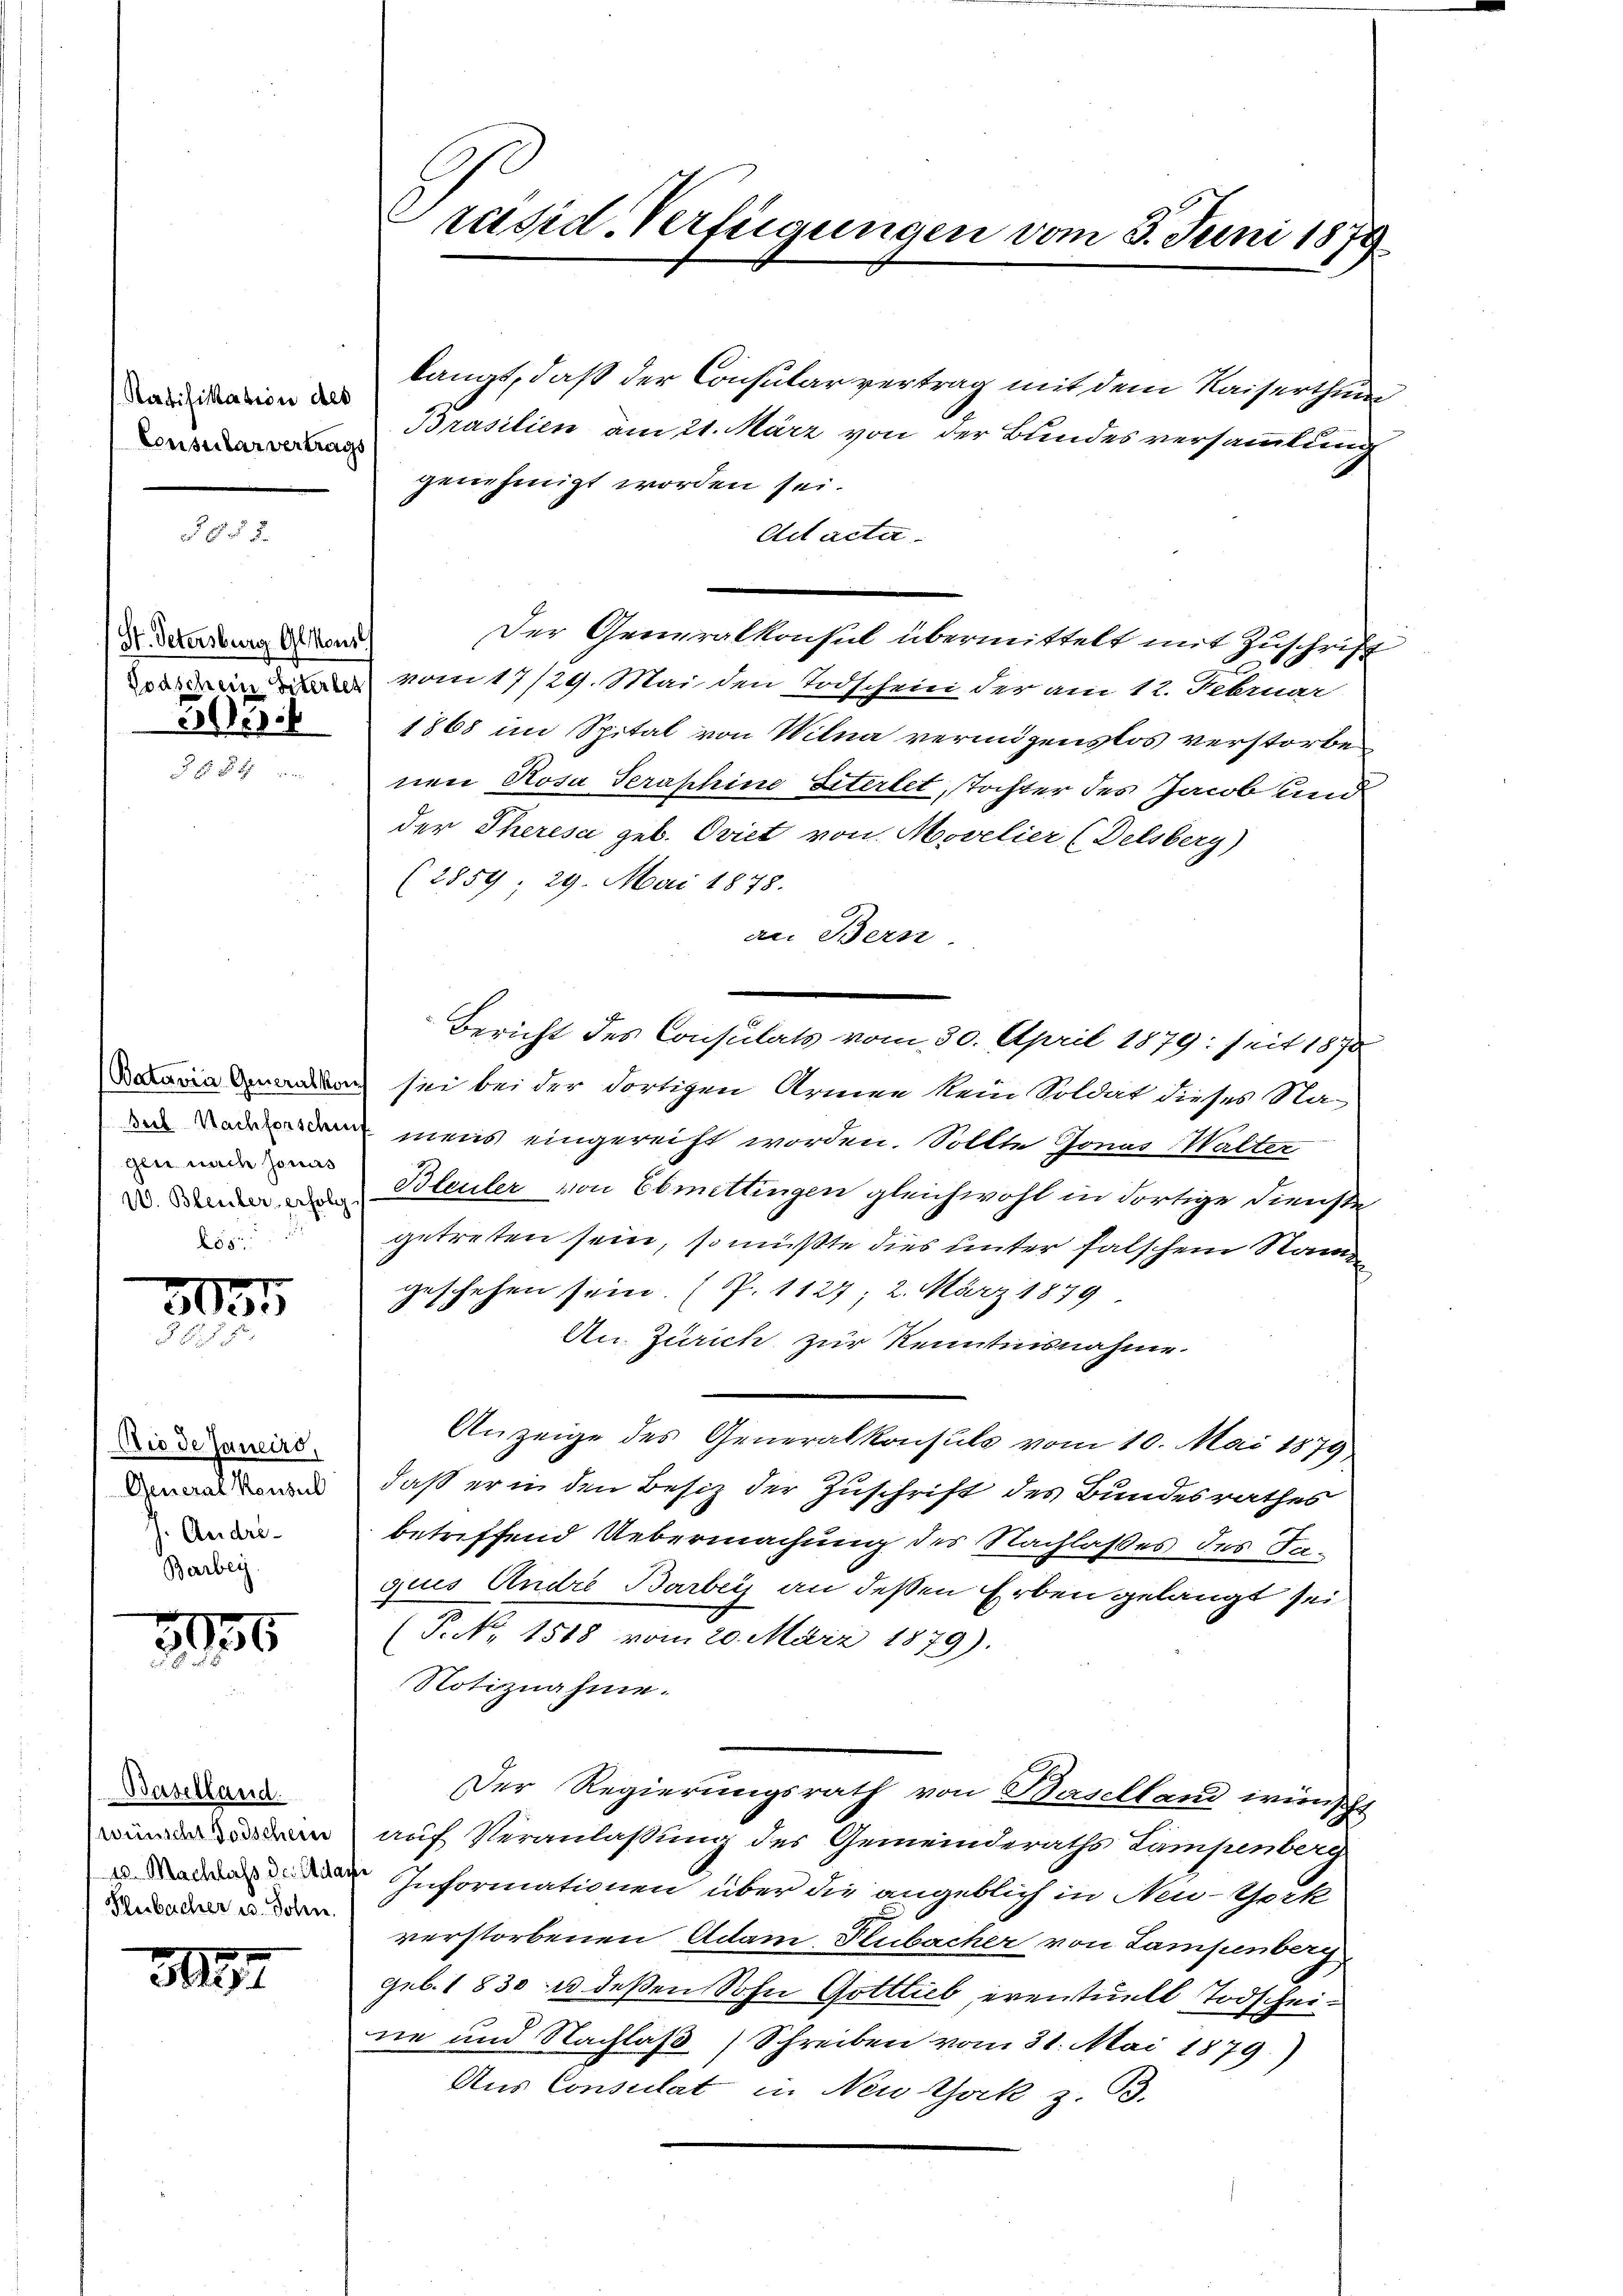
Ratifikation des
Consularvertrags

(St. Petersburg Glkons
311

gen nach Jonas
d

335

Nie de Janeiro,
General Konsul
. Andre¬
Berbey

.
2935

Baselland.
wünscht Todschein
Hubacher u. John

389

Präsid. Verfügungen vom 3. Juni 1879.

langt, daß der Consular vertrag mit dem Kaiserthum
Brasilien am 21. März von der Bundes versammlung
genehmigt worden sei.
Ad acte.
Der Generalkonsul übermittelt mit Zuschrift
 vom 17/29. Mai den Todschein der am 12. Februar
1868 im Spital von Wilna vermögenslos verstorbe
nen Rosa Seraphine Siterbet, Tochter des Jacob und
der Theresa geb. Oviet von Movelier (Delsberg)
(2859; 29. Mai 1878.
an Bern.
Bericht des Consulats vom 30. April 1879: seit 1870
ae sei bei der dortigen Armen kein Soldat dieses Na¬
 mens eingerecht worden. Sollte Jonas Walter
 den u. Bleuler von Ebmettingen gleichwohl in dortige Dienste
getreten sein, so müßte dies unter falschem Nam
geschehen sein. (P. 1127; 2. März 1879.
An Zürich zur Kenntnisnahme.
Anzeige des Generalkonsuls vom 10. Mai 1879
daß er in den Besiz der Zuschrift des Bundesrathes
betreffend Uebermachung des Nachlaßes des Jaquis Andre Barbei an deßen Erben gelangt sei
(P. Nr. 1588 vom 20. März 1879).
Notiznahme.
Der Regierungsrath von Baselland wünscht
auf Veranlassung des Gemeinderaths Lampenberg
Informationen über die angeblich in Neu-Gack
verstorbenen Adam Hubacher von Lampenberg
geb. 1830   deßen Sohn Gottlieb, eventuell Todscheine und Nachlaß (Schreiben vom 31. Mai 1879.)
Aus Consulat in Neu Jak z. B.